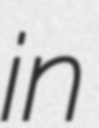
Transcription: in